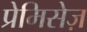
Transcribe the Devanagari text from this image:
प्रेमिसेज़